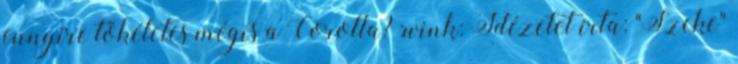
ennyire tökéletes mégis a Corolla? :wink: Idézetet írta: "Szeke"